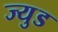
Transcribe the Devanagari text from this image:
ज्युड